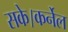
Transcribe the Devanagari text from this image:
सके।कर्नेल